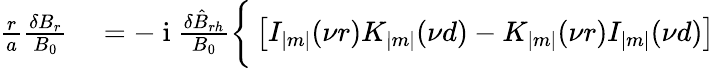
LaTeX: \begin{array}{r}{\begin{array}{rl}{\frac{r}{a}\frac{\delta B_{r}}{B_{0}}}&{{}=-\mathrm{~i~}\frac{\delta\hat{B}_{rh}}{B_{0}}\bigg\{ \left[I_{|m|}(\nu r)K_{|m|}(\nu d)-K_{|m|}(\nu r)I_{|m|}(\nu d)\right]}\end{array}}\end{array}